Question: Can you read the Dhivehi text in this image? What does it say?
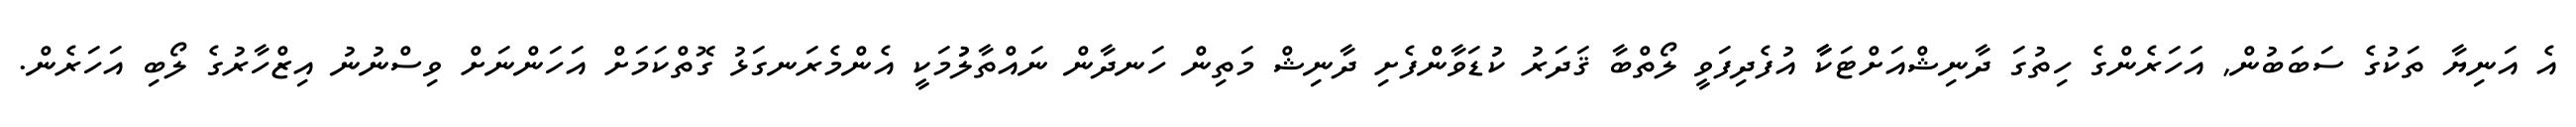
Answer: އެ އަނިޔާ ތަކުގެ ސަބަބުން, އަހަރެންގެ ހިތުގަ ދާނިޝްއަށްޓަކާާ އުފެދިފަވީ ލޯތްބާ ޤަދަރު ކުޑަވާންފެށި ދާނިޝް މަތިން ހަނދާން ނައްތާލުުމަކީ އެންމެރަނގަޅު ގޮތްކަމަށް އަހަންނަށް ވިސްނުނު އިޒްހާރުގެ ލޯބި އަހަރެން.